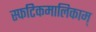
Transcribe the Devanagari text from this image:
स्फटिकमालिकाम्